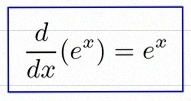
\frac{d}{dx}(e^x)=e^x